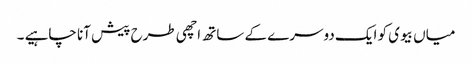
میاں بیوی کو ایک دوسرے کے ساتھ اچھی طرح پیش آنا چاہیے ۔